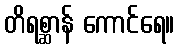
တိရစ္ဆာန် ကောင်ရေ။